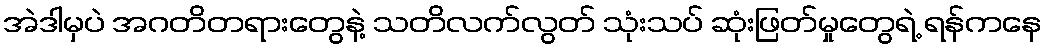
အဲဒါမှပဲ အဂတိတရားတွေနဲ့ သတိလက်လွတ် သုံးသပ် ဆုံးဖြတ်မှုတွေရဲ့ ရန်ကနေ